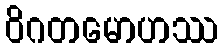
ဝိဂတမောဟဿ